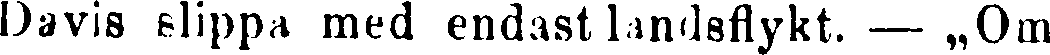
Davis slippa med endast landsflykt. – „Om